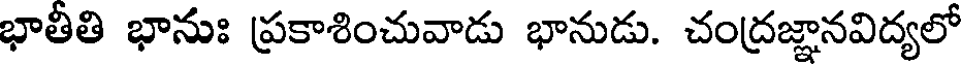
భాతీతి భానుః ప్రకాశించువాడు భానుడు. చంద్రజ్ఞానవిద్యలో